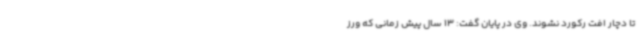
تا دچار افت رکورد نشوند. وی در پایان گفت: 13 سال پیش زمانی که ورز